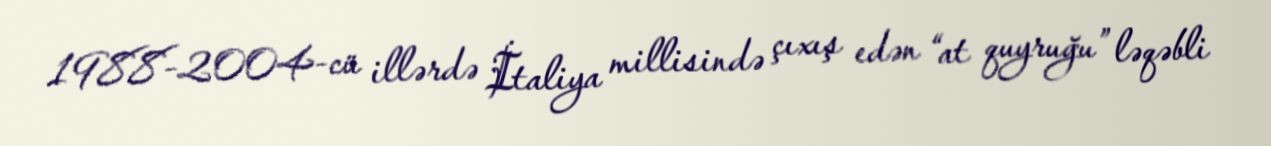
1988-2004-cü illərdə İtaliya millisində çıxış edən “at quyruğu” ləqəbli